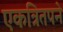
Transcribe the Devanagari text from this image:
एकत्रितपने